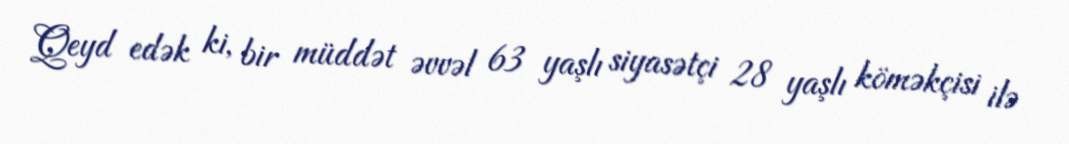
Qeyd edək ki, bir müddət əvvəl 63 yaşlı siyasətçi 28 yaşlı köməkçisi ilə